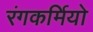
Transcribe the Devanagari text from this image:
रंगकर्मियो